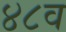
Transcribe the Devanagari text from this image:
४८व